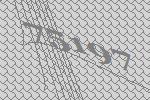
75197